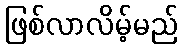
ဖြစ်လာလိမ့်မည်